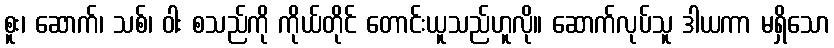
စူး၊ ဆောက်၊ သစ်၊ ဝါး စသည်ကို ကိုယ်တိုင် တောင်းယူသည်ဟူလို။ ဆောက်လုပ်သူ ဒါယကာ မရှိသော